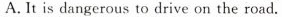
A. It is dangerous to drive on the road.